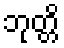
ဘုတ္တိ